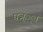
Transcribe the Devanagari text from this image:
घञ््‌ा